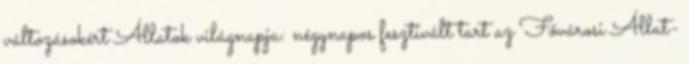
változásokért Állatok világnapja: négynapos fesztivált tart az Fővárosi Állat-